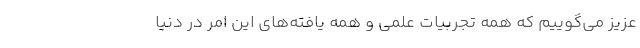
عزیز می‌گوییم که همه تجربیات علمی و همه یافته‌های این امر در دنیا